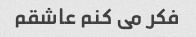
فکر می کنم عاشقم